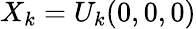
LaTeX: X_{k}=U_{k}(0,0,0)